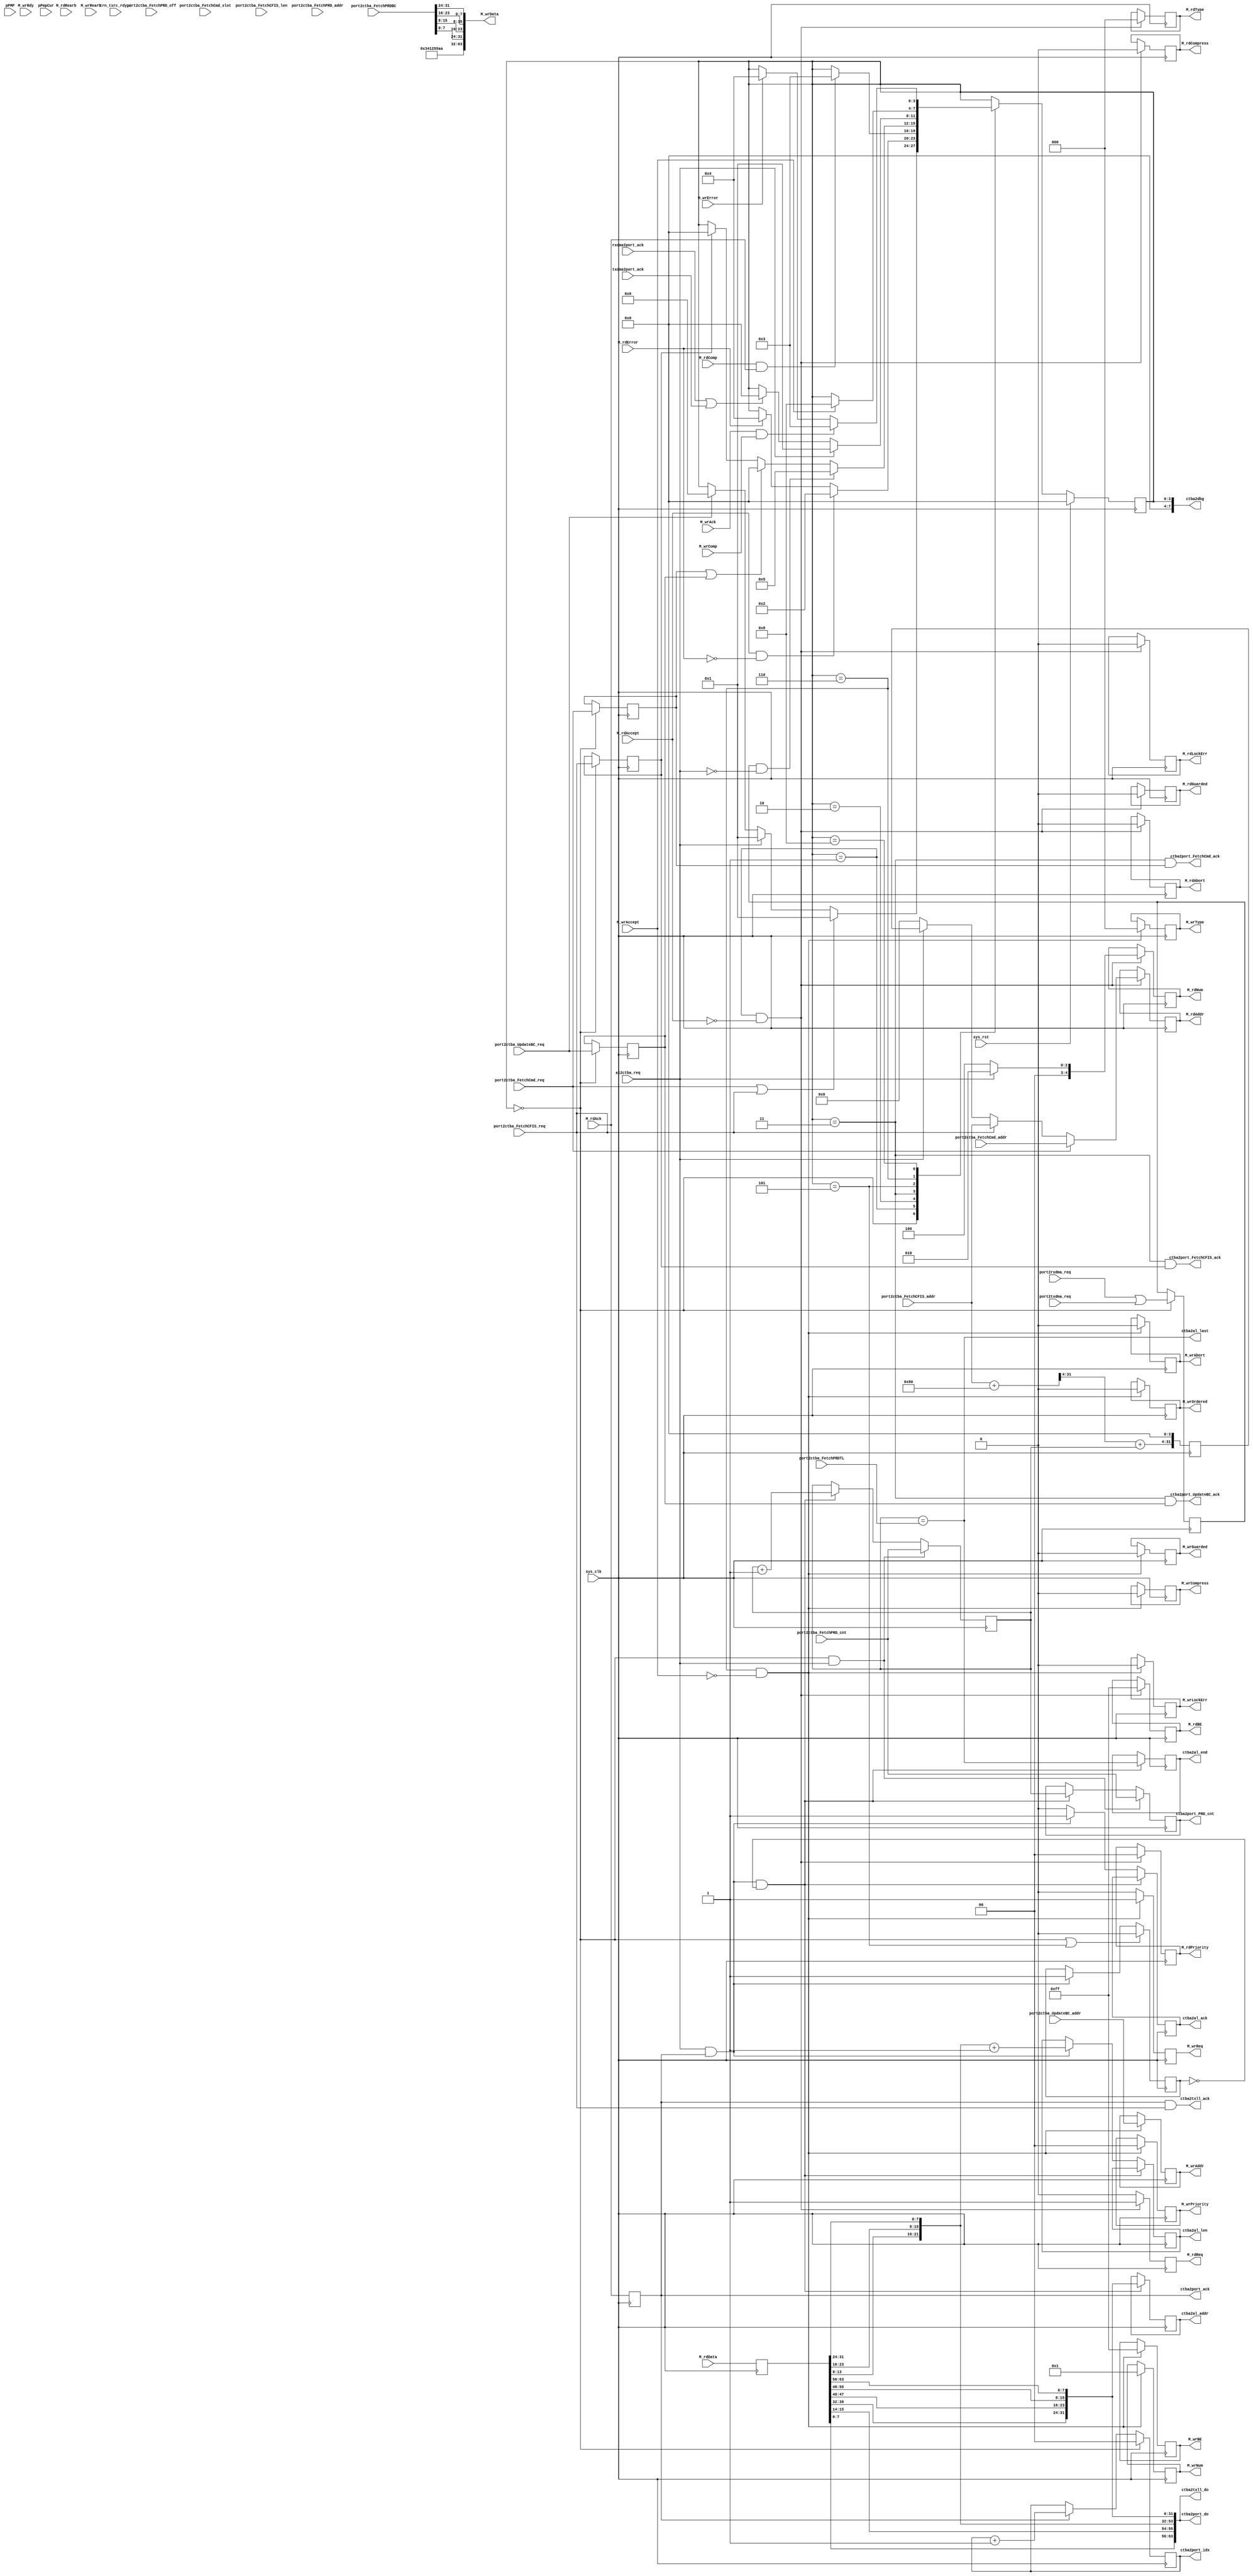
// ctba.v --- 
// 
// Description: 
// Maintainer: 
// Version: 
// Last-Updated: 
//           By: 
//     Update #: 0
// URL: 
// Keywords: 
// Compatibility: 
// 
// 

// Commentary: 
// 
// 
// 
// 

// Change log:
// 
// 
// 

// Copyright (C) 2008,2009 Beijing Soul tech.
// -------------------------------------
// Naming Conventions:
// 	active low signals                 : "*_n"
// 	clock signals                      : "clk", "clk_div#", "clk_#x"
// 	reset signals                      : "rst", "rst_n"
// 	generics                           : "C_*"
// 	user defined types                 : "*_TYPE"
// 	state machine next state           : "*_ns"
// 	state machine current state        : "*_cs"
// 	combinatorial signals              : "*_com"
// 	pipelined or register delay signals: "*_d#"
// 	counter signals                    : "*cnt*"
// 	clock enable signals               : "*_ce"
// 	internal version of output port    : "*_i"
// 	device pins                        : "*_pin"
// 	ports                              : - Names begin with Uppercase
// Code:
module ctba (/*AUTOARG*/
   // Outputs
   ctba2al_ack, ctba2al_len, ctba2al_addr, ctba2al_end, ctba2al_last,
   ctba2txll_ack, ctba2txll_do, ctba2port_FetchCmd_ack,
   ctba2port_FetchCFIS_ack, ctba2port_UpdateBC_ack, ctba2port_do,
   ctba2port_idx, ctba2port_ack, ctba2port_PRD_cnt, M_rdNum, M_rdReq,
   M_rdAddr, M_rdBE, M_rdPriority, M_rdType, M_rdCompress,
   M_rdGuarded, M_rdLockErr, M_rdAbort, M_wrNum, M_wrReq, M_wrAddr,
   M_wrBE, M_wrData, M_wrPriority, M_wrType, M_wrCompress,
   M_wrGuarded, M_wrOrdered, M_wrLockErr, M_wrAbort, ctba2dbg,
   // Inputs
   al2ctba_req, port2ctba_FetchCmd_req, port2ctba_FetchCmd_addr,
   port2ctba_FetchCmd_slot, port2ctba_FetchCFIS_req,
   port2ctba_FetchCFIS_addr, port2ctba_FetchCFIS_len,
   port2ctba_UpdateBC_req, port2ctba_UpdateBC_addr,
   port2ctba_FetchPRD_addr, port2ctba_FetchPRD_cnt,
   port2ctba_FetchPRD_off, port2ctba_FetchPRDTL, port2ctba_FetchPRDBC,
   M_rdAccept, M_rdData, M_rdAck, M_rdComp, M_rdRearb, M_rdError,
   M_wrAccept, M_wrRdy, M_wrAck, M_wrComp, M_wrRearb, M_wrError,
   sys_clk, sys_rst, trn_tsrc_rdy_n, rxdma2port_ack, txdma2port_ack,
   port2rxdma_req, port2txdma_req, pPMP, pPmpCur
   );
   parameter C_NUM_WIDTH = 5;
   parameter C_BIG_ENDIAN = 1;
   input sys_clk;
   input sys_rst;

   input                trn_tsrc_rdy_n;
   /*AUTOINOUTCOMP("ctba_ram", "ctba2port")*/
   // Beginning of automatic in/out/inouts (from specific module)
   output [63:0]	ctba2port_do;
   output [1:0]		ctba2port_idx;
   output		ctba2port_ack;
   output [15:0]	ctba2port_PRD_cnt;
   // End of automatics
   /*AUTOINOUTCOMP("port", "ctba2port")*/
   // Beginning of automatic in/out/inouts (from specific module)
   output		ctba2port_FetchCmd_ack;
   output		ctba2port_FetchCFIS_ack;
   output		ctba2port_UpdateBC_ack;
   // End of automatics
   /*AUTOINOUTCOMP("port", "port2ctba")*/
   // Beginning of automatic in/out/inouts (from specific module)
   input		port2ctba_FetchCmd_req;
   input [31:0]		port2ctba_FetchCmd_addr;
   input [4:0]		port2ctba_FetchCmd_slot;
   input		port2ctba_FetchCFIS_req;
   input [31:0]		port2ctba_FetchCFIS_addr;
   input [4:0]		port2ctba_FetchCFIS_len;
   input		port2ctba_UpdateBC_req;
   input [31:0]		port2ctba_UpdateBC_addr;
   input [31:0]		port2ctba_FetchPRD_addr;
   input [15:0]		port2ctba_FetchPRD_cnt;
   input [31:0]		port2ctba_FetchPRD_off;
   input [15:0]		port2ctba_FetchPRDTL;
   input [31:0]		port2ctba_FetchPRDBC;
   // End of automatics
   /*AUTOINOUTCOMP("txll", "ctba2txll")*/
   // Beginning of automatic in/out/inouts (from specific module)
   output		ctba2txll_ack;
   output [63:0]	ctba2txll_do;
   // End of automatics
   /*AUTOINOUTCOMP("txll", "txll2ctba")*/

   /*AUTOINOUTCOMP("dma_al", "ctba2al")*/
   // Beginning of automatic in/out/inouts (from specific module)
   output		ctba2al_ack;
   output [21:0]	ctba2al_len;
   output [31:0]	ctba2al_addr;
   output		ctba2al_end;
   output		ctba2al_last;
   // End of automatics
   /*AUTOINOUTCOMP("dma_al", "al2ctba")*/
   // Beginning of automatic in/out/inouts (from specific module)
   input		al2ctba_req;
   // End of automatics
   input                rxdma2port_ack;
   input                txdma2port_ack;
   input                port2rxdma_req;
   input                port2txdma_req;
   input [3:0]          pPMP;
   input [3:0]          pPmpCur;
   /*AUTOINOUTMODULE("ipic_wr_common")*/
   // Beginning of automatic in/out/inouts (from specific module)
   output [C_NUM_WIDTH-1:0] M_wrNum;
   output		M_wrReq;
   output [31:0]	M_wrAddr;
   output [7:0]		M_wrBE;
   output [63:0]	M_wrData;
   output [1:0]		M_wrPriority;
   output [2:0]		M_wrType;
   output		M_wrCompress;
   output		M_wrGuarded;
   output		M_wrOrdered;
   output		M_wrLockErr;
   output		M_wrAbort;
   input		M_wrAccept;
   input		M_wrRdy;
   input		M_wrAck;
   input		M_wrComp;
   input		M_wrRearb;
   input		M_wrError;
   // End of automatics
   /*AUTOINOUTMODULE("ipic_rd_common")*/
   // Beginning of automatic in/out/inouts (from specific module)
   output [C_NUM_WIDTH-1:0] M_rdNum;
   output		M_rdReq;
   output [31:0]	M_rdAddr;
   output [7:0]		M_rdBE;
   output [1:0]		M_rdPriority;
   output [2:0]		M_rdType;
   output		M_rdCompress;
   output		M_rdGuarded;
   output		M_rdLockErr;
   output		M_rdAbort;
   input		M_rdAccept;
   input [63:0]		M_rdData;
   input		M_rdAck;
   input		M_rdComp;
   input		M_rdRearb;
   input		M_rdError;
   // End of automatics
   output [31:0]        ctba2dbg;
   /**********************************************************************/
   /*AUTOREG*/
   // Beginning of automatic regs (for this module's undeclared outputs)
   reg			M_rdAbort;
   reg [31:0]		M_rdAddr;
   reg [7:0]		M_rdBE;
   reg			M_rdCompress;
   reg			M_rdGuarded;
   reg			M_rdLockErr;
   reg [C_NUM_WIDTH-1:0] M_rdNum;
   reg [1:0]		M_rdPriority;
   reg			M_rdReq;
   reg [2:0]		M_rdType;
   reg			M_wrAbort;
   reg [31:0]		M_wrAddr;
   reg [7:0]		M_wrBE;
   reg			M_wrCompress;
   reg			M_wrGuarded;
   reg			M_wrLockErr;
   reg [C_NUM_WIDTH-1:0] M_wrNum;
   reg			M_wrOrdered;
   reg [1:0]		M_wrPriority;
   reg			M_wrReq;
   reg [2:0]		M_wrType;
   reg			ctba2al_ack;
   reg [31:0]		ctba2al_addr;
   reg			ctba2al_end;
   reg [21:0]		ctba2al_len;
   reg [15:0]		ctba2port_PRD_cnt;
   reg			ctba2port_ack;
   reg [1:0]		ctba2port_idx;
   // End of automatics

   /**********************************************************************/
   localparam [3:0] // synopsys enum state_info
     S_IDLE = 4'h0,
     S_REQ  = 4'h1,
     S_DATA = 4'h2,
     S_DONE = 4'h3,
     S_ERROR= 4'h4,
     S_WAIT = 4'h5,
     S_WARB = 4'h6,
     S_WDAT = 4'h7,
     S_WACK = 4'h8;
   reg [3:0] // synopsys enum state_info
	     state, state_ns;
   reg 	     cmd_req;
   reg 	     al_req;
   reg 	     cfis_req;
   reg 	     bc_req;
   always @(posedge sys_clk)
     begin
	if (sys_rst)
	  begin
	     state <= #1 S_IDLE;
	  end
	else
	  begin
	     state <= #1 state_ns;
	  end
     end // always @ (posedge sys_clk)
   always @(*)
     begin
	state_ns = state;
	case (state)
	  S_IDLE: if (port2ctba_FetchCmd_req ||
		      port2ctba_FetchCFIS_req)
	    begin
	       state_ns = S_REQ;
	    end
	  else if (al2ctba_req)
	    begin
	       state_ns = S_REQ;
	    end
	  else if (port2ctba_UpdateBC_req)
	    begin
	       state_ns = S_WARB;
	    end
	  S_REQ: if (M_rdAccept && ~M_rdError)
	    begin
	       state_ns = S_DATA;
	    end
	  else if (M_rdError)
	    begin
	       state_ns = S_ERROR;
	    end
	  S_DATA: if (M_rdComp && M_rdAck)
	    begin
	       state_ns = S_DONE;	       
	    end
	  S_DONE: if (al_req && ~al2ctba_req)
	    begin
	       state_ns = S_WAIT;
	    end
	  else if (cmd_req || bc_req)
	    begin
	       state_ns = S_IDLE;
	    end
	  else if (cfis_req)
	    begin
	       state_ns = S_IDLE;
	    end
	  S_WAIT: if (al2ctba_req)
	    begin
	       state_ns = S_REQ;
	    end
	  else if (rxdma2port_ack || txdma2port_ack)
	    begin
	       state_ns = S_IDLE;
	    end
	  S_WARB: if (M_wrAccept)
	    begin
	       state_ns = S_WACK;
	    end
	  S_WACK: if (M_wrAck && M_wrComp)
	    begin
	       state_ns = S_DONE;
	    end
	  else if (M_wrError)
	    begin
	       state_ns = S_ERROR;
	    end
	endcase
     end // always @ (*)
   assign ctba2port_FetchCmd_ack = state == S_DONE && cmd_req;
   assign ctba2port_FetchCFIS_ack= state == S_DONE && cfis_req;
   assign ctba2port_UpdateBC_ack = state == S_DONE && bc_req;
   always @(posedge sys_clk)
     begin
	if (state == S_IDLE)
	  begin
	     cmd_req <= #1 port2ctba_FetchCmd_req;
	     al_req  <= #1 port2rxdma_req|port2txdma_req;
	     cfis_req<= #1 port2ctba_FetchCFIS_req;
	     bc_req  <= #1 port2ctba_UpdateBC_req;
	  end
     end
   wire [31:0] addr;
   wire [31:0] len;
   reg [31:0]  prdt_al_addr;
   assign addr = port2ctba_FetchCmd_req ? port2ctba_FetchCmd_addr :
		 port2ctba_FetchCFIS_req? port2ctba_FetchCFIS_addr:
		 al2ctba_req            ? prdt_al_addr : 32'h0;
   assign len = al2ctba_req             ? 6'h2 : 6'h4;
   always @(posedge sys_clk)
     begin
	if (state == S_REQ && ~M_rdAccept)
	  begin
             M_rdReq     <= #1 1'b1;
             M_rdNum     <= #1 len;
	     M_rdAddr    <= #1 addr;
             M_rdBE      <= #1 8'hff;
             M_rdType    <= #1 3'b000;
             M_rdPriority<= #1 2'b00;
             M_rdCompress<= #1 1'b0;
             M_rdGuarded <= #1 1'b0;
             M_rdLockErr <= #1 1'b0;
             M_rdAbort   <= #1 1'b0;
	  end // if (state == S_REQ && ~M_rdAccept)
	else
	  begin
	     M_rdReq     <= #1 1'b0;
	  end
     end // always @ (posedge sys_clk)
   
   reg [63:0] MstRd_d1;
   wire [63:0] MstRd_d_le = MstRd_d1;
   wire [63:0] MstRd_d_swap_le;
   wire [63:0] MstRd_d_swap_be;
   genvar      i;
   generate
      for (i = 0; i < 64; i = i + 8) begin: rdfifo_swap
	 assign MstRd_d_swap_le[i+7:i] = MstRd_d_le[63-i:56-i];
      end
   endgenerate
   assign MstRd_d_swap_be[63:32] = MstRd_d_le[31:00];
   assign MstRd_d_swap_be[31:00] = MstRd_d_le[63:32];

   always @(posedge sys_clk)
     begin
	MstRd_d1      <= #1 M_rdData;
	ctba2port_ack <= #1 M_rdAck;
     end
   assign ctba2port_do = MstRd_d_swap_le;
   assign ctba2txll_do = MstRd_d_swap_le;
   assign ctba2txll_ack= ctba2port_ack && port2ctba_FetchCFIS_req;

   always @(posedge sys_clk)
     begin
	if (state == S_IDLE)
	  begin
	     ctba2port_idx <= #1 2'h0;
	  end
	else if (ctba2port_ack)
	  begin
	     ctba2port_idx <= #1 ctba2port_idx + 1'b1;
	  end
     end // always @ (posedge sys_clk)
   reg [15:0] PRD_cnt;
   wire [31:0] prdt_addr;
   assign prdt_addr = port2ctba_FetchCFIS_addr + 8'h80;
   always @(posedge sys_clk)
     begin
	prdt_al_addr <= #1 {prdt_addr[31:4] + PRD_cnt, 4'b0000};
     end
   reg cnt;
   always @(posedge sys_clk)
     begin
	if (state == S_IDLE || state == S_WAIT)
	  begin
	     cnt <= #1 1'b0;	     
	  end
	else if (al2ctba_req && ctba2port_ack)
	  begin
	     cnt <= #1 1'b1;
	  end
     end // always @ (posedge sys_clk)
   always @(posedge sys_clk)
     begin
	if (al2ctba_req && ctba2port_ack && cnt == 1'b0)
	  begin
	     ctba2al_addr<= #1 ctba2port_do[31:0];
	     ctba2al_end <= #1 PRD_cnt == port2ctba_FetchPRDTL;
	  end
	else if (al2ctba_req && ctba2port_ack)
	  begin
	     ctba2al_ack <= #1 1'b1;
	     ctba2al_len <= #1 ctba2port_do[53:32] + 1'b1;
	  end
	else
	  begin
	     ctba2al_ack <= #1 1'b0;
	  end
     end // always @ (posedge sys_clk)
   always @(posedge sys_clk)
     begin
	if (state == S_IDLE && al2ctba_req)
	  begin
	     PRD_cnt           <= #1 port2ctba_FetchPRD_cnt;
	     ctba2port_PRD_cnt <= #1 port2ctba_FetchPRD_cnt;	     
	  end
	else if (al2ctba_req && ctba2port_ack && cnt == 1'b0)
	  begin
	     PRD_cnt           <= #1 PRD_cnt + 1'b1;
	     ctba2port_PRD_cnt <= #1 PRD_cnt;
	  end
     end // always @ (posedge sys_clk)
   assign ctba2al_last = PRD_cnt == port2ctba_FetchPRDTL;
   /**********************************************************************/
   always @(posedge sys_clk)
     begin
	if (state == S_WARB && ~M_wrAccept)
	  begin
	     M_wrAddr    <= #1 port2ctba_UpdateBC_addr;
	     M_wrNum     <= #1 8'h1;
	     M_wrBE      <= #1 8'hff;
	     M_wrReq     <= #1 1'b1;
	     M_wrType    <= #1 3'b000;
	     M_wrPriority<= #1 2'b00;
	     M_wrCompress<= #1 1'b0;
	     M_wrGuarded <= #1 1'b0;
	     M_wrLockErr <= #1 1'b0;
	     M_wrAbort   <= #1 1'b0;
	     M_wrOrdered <= #1 1'b0;	     
	  end // if (state == S_WARB && ~M_wrAccept)
	else
	  begin
	     M_wrReq     <= #1 1'b0;	     
	  end // else: !if(state == S_WARB && ~M_wrAccept)
     end // always @ (posedge sys_clk)
   wire [63:0] wrfifo_do;
   assign wrfifo_do = {port2ctba_FetchPRDBC, 32'hAA55_1234};
   wire [63:0] MstWr_d_swap;
   generate 
      for (i = 0; i < 64; i = i + 8) begin: wrfifo_swap
	 assign MstWr_d_swap[63-i:56-i] = wrfifo_do[i+7:i];
      end
   endgenerate
   assign M_wrData  = MstWr_d_swap;
   assign ctba2dbg[7:0] = state;
   /**********************************************************************/
   /*AUTOASCIIENUM("state", "state_ascii", "S_")*/
   // Beginning of automatic ASCII enum decoding
   reg [39:0]		state_ascii;		// Decode of state
   always @(state) begin
      case ({state})
	S_IDLE:   state_ascii = "idle ";
	S_REQ:    state_ascii = "req  ";
	S_DATA:   state_ascii = "data ";
	S_DONE:   state_ascii = "done ";
	S_ERROR:  state_ascii = "error";
	S_WAIT:   state_ascii = "wait ";
	S_WARB:   state_ascii = "warb ";
	S_WDAT:   state_ascii = "wdat ";
	S_WACK:   state_ascii = "wack ";
	default:  state_ascii = "%Erro";
      endcase
   end
   // End of automatics
endmodule
// 
// ctba.v ends here